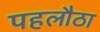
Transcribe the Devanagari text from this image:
पहलौठा